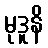
မုဒူနိ